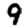
Digit: 9